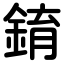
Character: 錥